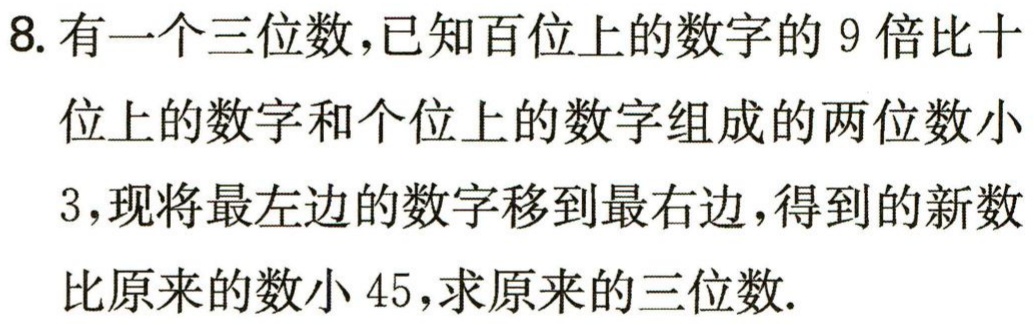
8. 有一个三位数，已知百位上的数字的 9 倍比十位上的数字和个位上的数字组成的两位数小3，现将最左边的数字移到最右边，得到的新数比原来的数小 45，求原来的三位数.